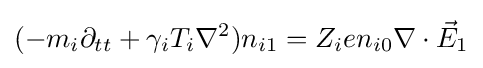
(-m_{i}\partial _{tt}+\gamma _{i}T_{i}\nabla ^{2})n_{i1}=Z_{i}en_{i0}\nabla \cdot {\vec {E}}_{1}